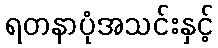
ရတနာပုံအသင်းနှင့်